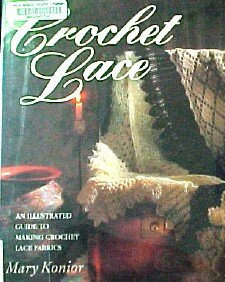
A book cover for Crochet Lace: An Illustrated Guide to Making Crochet Lace Fabrics; Mary Konior; Crafts, Hobbies & Home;